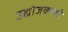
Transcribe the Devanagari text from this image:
उद्योजकाशी